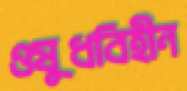
ওষুধবিহীন